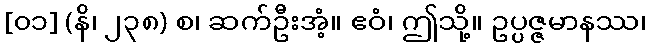
[၀၁] (နိ၊ ၂၃၈) စ၊ ဆက်ဦးအံ့။ ဧဝံ၊ ဤသို့။ ဥပ္ပဇ္ဇမာနဿ၊